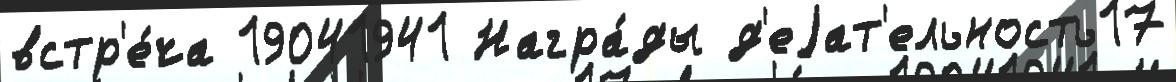
встр'е́ча 19041941 Награ́ды д'еjат'ельность17